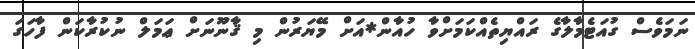
ނަމަވެސް ގުއަޓެމާލާގެ ރައްޔިތެއްކަމަށްވާ ހުއާން*އަށް މޭޔަރުން މި ޤާނޫނަށް ޢަމަލް ނުކުރާކަން ފާހަގަ